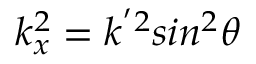
k _ { x } ^ { 2 } = k ^ { ' 2 } s i n ^ { 2 } \theta